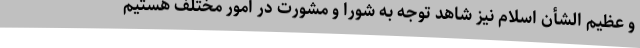
و عظیم الشأن اسلام نیز شاهد توجّه به شورا و مشورت در امور مختلف هستیم